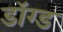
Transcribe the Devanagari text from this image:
डॉग्ड